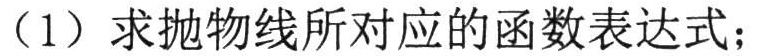
（1）求抛物线所对应的函数表达式；